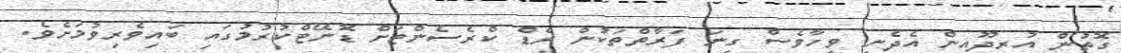
ގޮތުން އުރީދޫއިން އެދެނީ ވީހާވެސް ގިނަ ފަރާތްތަކުން ރެޑް ކްރެސެންޓަށް ޑޮނޭޓްކުރުމުގައި ބައިވެރިވުމަށެވެ.